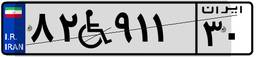
۸۲W۹۱۱۳۰